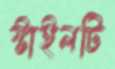
স্টাইলটি